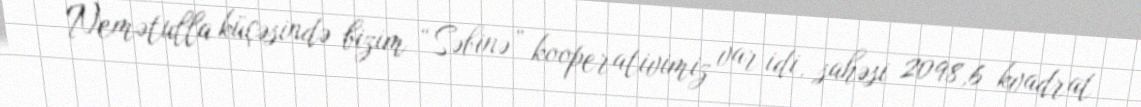
Nemətulla küçəsində bizim “Səbinə” kooperativimiz var idi, sahəsi 2098,6 kvadrat